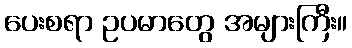
ပေးစရာ ဥပမာတွေ အများကြီး။